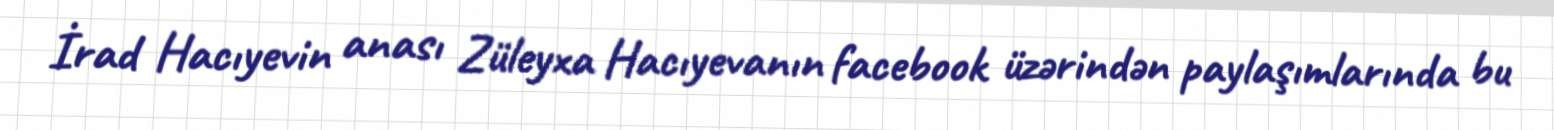
İrad Hacıyevin anası Züleyxa Hacıyevanın facebook üzərindən paylaşımlarında bu